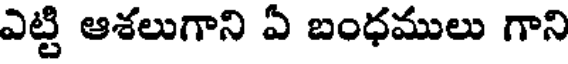
ఎట్టి ఆశలుగాని ఏ బంధములు గాని